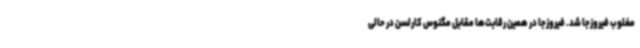
مغلوب فیروزجا شد. فیروزجا در همین رقابت‌ها مقابل مگنوس کارلسن در حالی